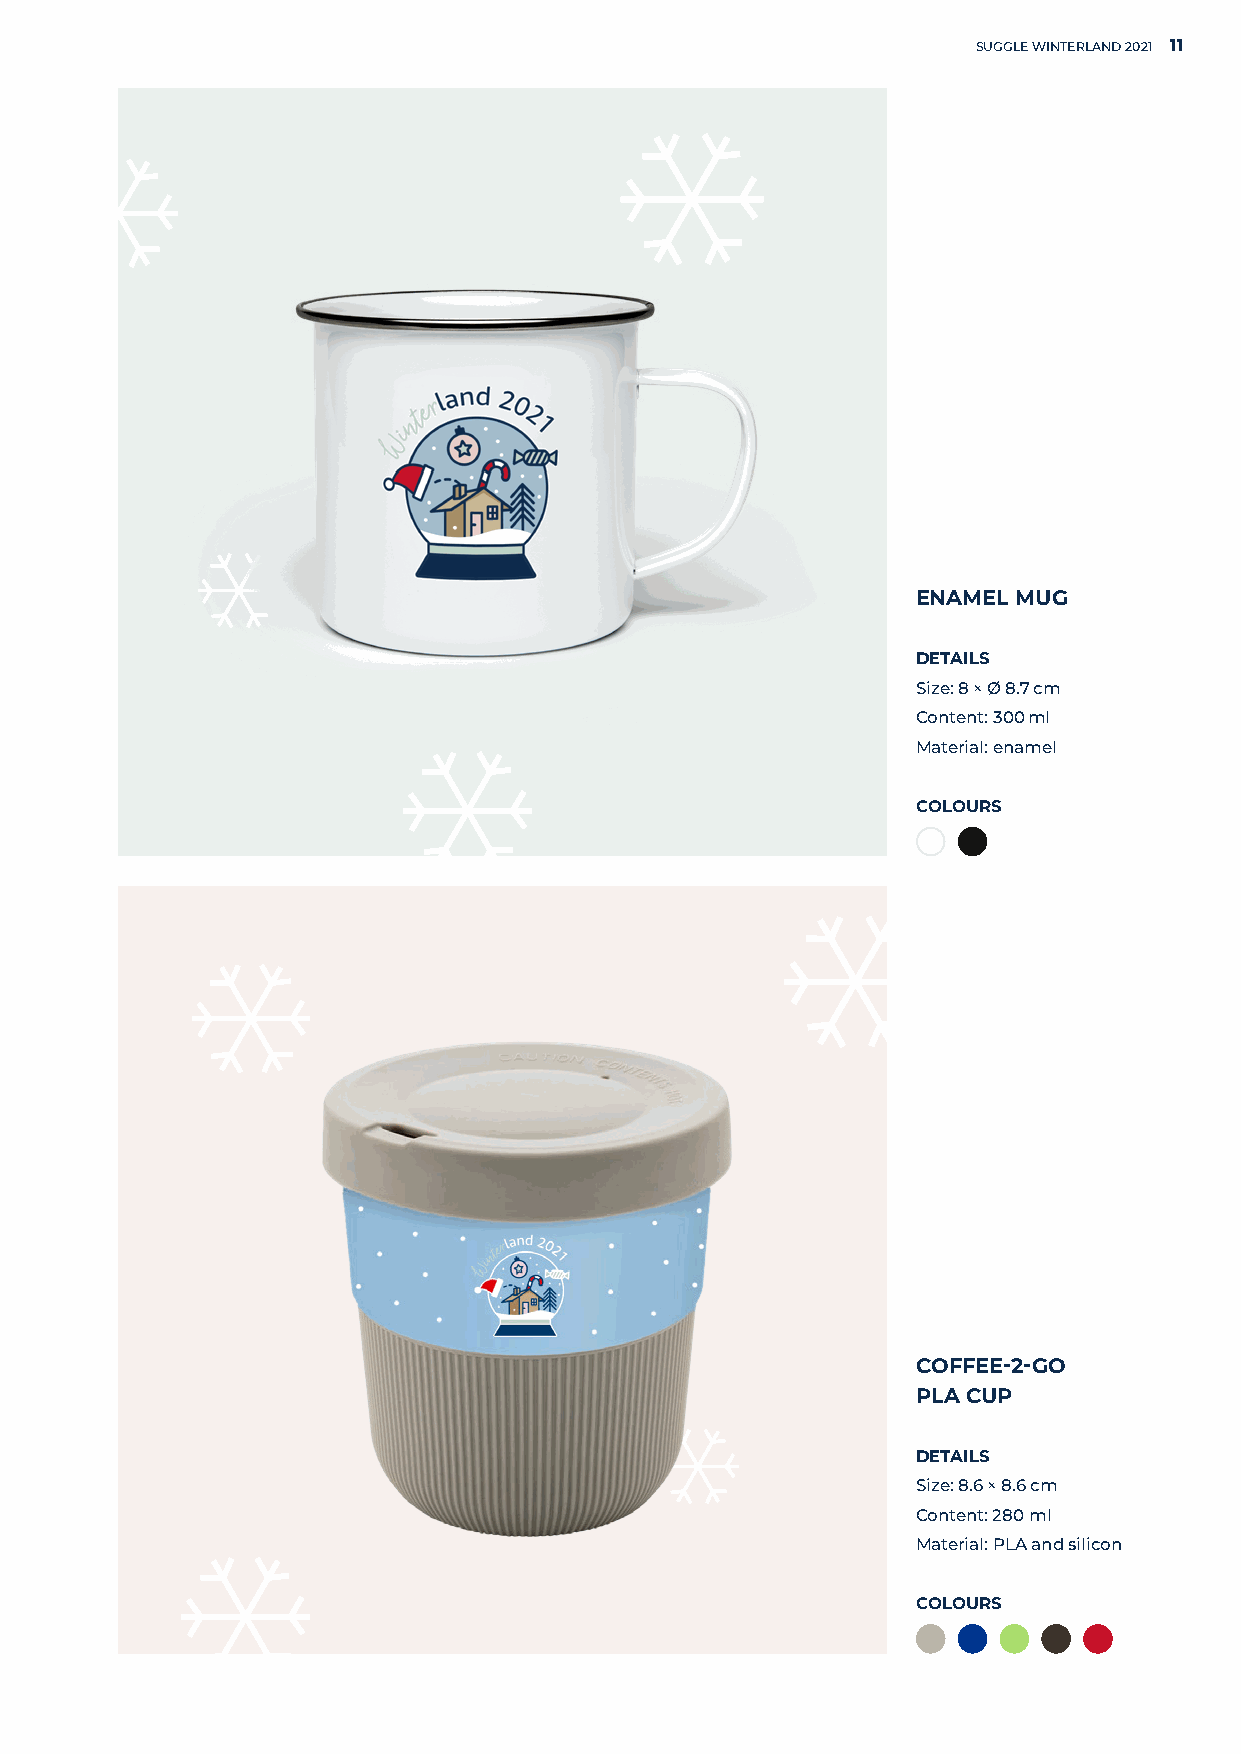
SUGGLE WINTERLAND 2021 11
 ENAMEL MUG
 DETAILS
 Size: 8 × Ø 8.7 cm
 Content: 300 ml
 Material: enamel
 COLOURS
 COFFEE-2-GO
 PLA CUP
 DETAILS
 Size: 8.6 × 8.6 cm
 Content: 280 ml
 Material: PLA and silicon
 COLOURS